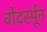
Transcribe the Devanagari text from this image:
वोदर्स्पून